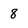
Character: 8